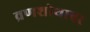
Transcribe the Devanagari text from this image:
व्रणशोथावर